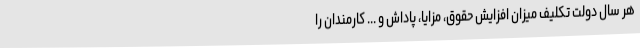
هر سال دولت تکلیف میزان افزایش حقوق، مزایا، پاداش و ... کارمندان را